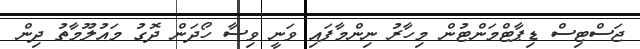
ޖަސްޓިސް ޑިޕާޓްމަންޓުން މިހާރު ނިންމާފައި ވަނީ ވިސާ ހޯދަން ދޮގު މައުލޫމާތު ދިން